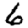
Digit: 6